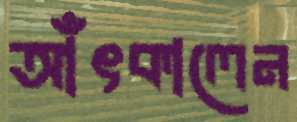
আঁৎকালেন